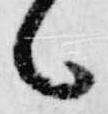
候